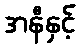
အနီနှင့်